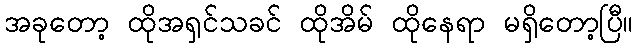
အခုတော့ ထိုအရှင်သခင် ထိုအိမ် ထိုနေရာ မရှိတော့ပြီ။